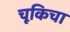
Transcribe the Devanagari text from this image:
चूकिचा